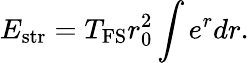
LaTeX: E_{\mathrm{str}}=T_{\mathrm{FS}}r_{0}^{2}\int e^{r}dr.